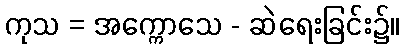
ကုသ = အက္ကောသေ - ဆဲရေးခြင်း၌။